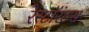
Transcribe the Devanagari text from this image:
रेस्टॉरंटस